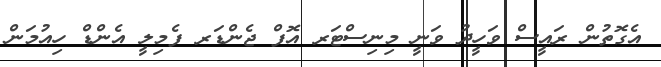
އެގޮތުން ރައީސް ވަހީދު ވަނީ މިނިސްޓަރ އޮފް ޖެންޑަރ ފެމިލީ އެންޑް ހިއުމަން